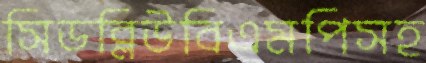
সিডব্লিউবিএমপিসহ